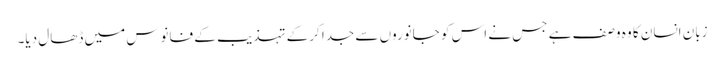
زبان انسان کا وہ وصف ہے جس نے اس کو جانوروں سے جدا کرکے تہذیب کے فانوس میں ڈھال دیا۔